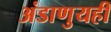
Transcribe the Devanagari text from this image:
अंडाणुयहीं